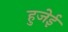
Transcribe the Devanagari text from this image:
हुजेई